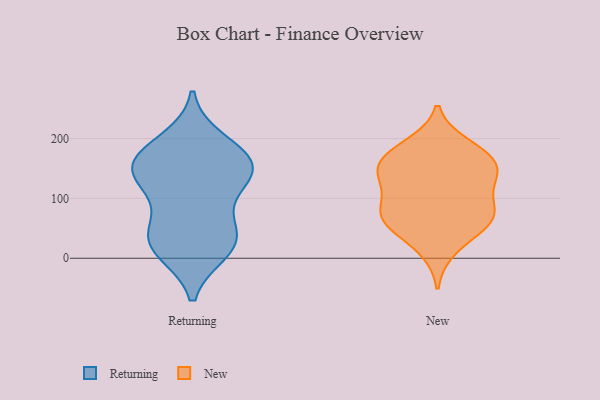
{"axis": {"x": "Headcount", "y": "Value"}, "legend": ["New", "Returning"], "data": [{"x": "", "y": 17, "type": "Returning"}, {"x": "", "y": 36, "type": "Returning"}, {"x": "", "y": 168, "type": "Returning"}, {"x": "", "y": 35, "type": "Returning"}, {"x": "", "y": 139, "type": "Returning"}, {"x": "", "y": 172, "type": "Returning"}, {"x": "", "y": 148, "type": "Returning"}, {"x": "", "y": 13, "type": "Returning"}, {"x": "", "y": 149, "type": "Returning"}, {"x": "", "y": 195, "type": "Returning"}, {"x": "", "y": 106, "type": "Returning"}, {"x": "", "y": 141, "type": "Returning"}, {"x": "", "y": 48, "type": "Returning"}, {"x": "", "y": 71, "type": "New"}, {"x": "", "y": 62, "type": "New"}, {"x": "", "y": 147, "type": "New"}, {"x": "", "y": 15, "type": "New"}, {"x": "", "y": 134, "type": "New"}, {"x": "", "y": 53, "type": "New"}, {"x": "", "y": 61, "type": "New"}, {"x": "", "y": 87, "type": "New"}, {"x": "", "y": 150, "type": "New"}, {"x": "", "y": 179, "type": "New"}, {"x": "", "y": 119, "type": "New"}, {"x": "", "y": 170, "type": "New"}, {"x": "", "y": 83, "type": "New"}, {"x": "", "y": 149, "type": "New"}, {"x": "", "y": 189, "type": "New"}]}